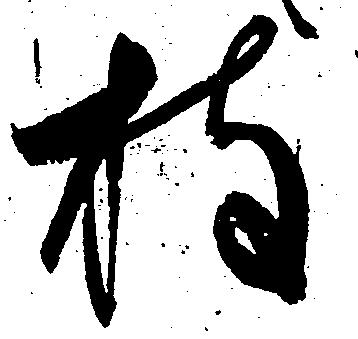
枝